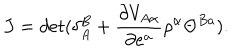
J = d e t ( \delta _ { A } ^ { B } + \frac { \partial V _ { A \alpha } } { \partial e ^ { a } } \rho ^ { \alpha } \Theta ^ { B a } ) .